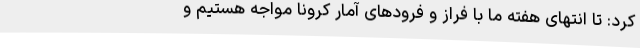
کرد: تا انتهای هفته ما با فراز و فرودهای آمار کرونا مواجه هستیم و